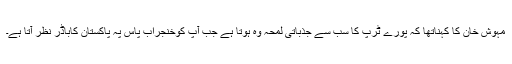
مہوش خان کا کہناتھا کہ پورے ٹرپ کا سب سے جذباتی لمحہ وہ ہوتا ہے جب آپ کوخنجراب پاس پہ پاکستان کاباڈر نظر آتا ہے۔